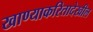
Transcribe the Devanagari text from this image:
खाण्याकरितादेखील